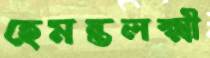
হেমন্তলক্ষ্মী